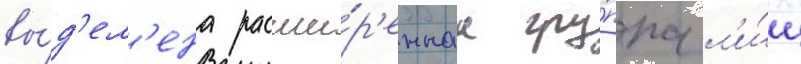
вы́д'ел'ена расши́р'еннаа гру́ппа л'и́ц